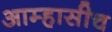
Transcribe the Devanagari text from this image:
आम्हासीच